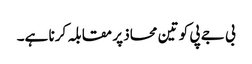
بی جے پی کو تین محاذ پر مقابلہ کرنا ہے۔